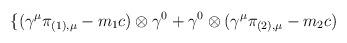
LaTeX: \begin{align*}\{ ({\gamma}^{\mu} {\pi}_{(1),\mu} - m_1 c) \otimes {\gamma}^0 +{\gamma}^0 \otimes ({\gamma}^{\mu} {\pi}_{(2),\mu} -m_2 c)\end{align*}